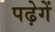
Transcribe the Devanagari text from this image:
पढ़ेगें